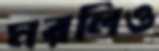
মরলিও